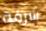
شرفة